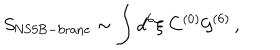
LaTeX: S _ { \mathrm { N S 5 B - b r a n e } } \sim \int d ^ { 6 } \xi \ C ^ { ( 0 ) } { \cal G } ^ { ( 6 ) } \, ,